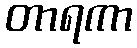
တာရကာ